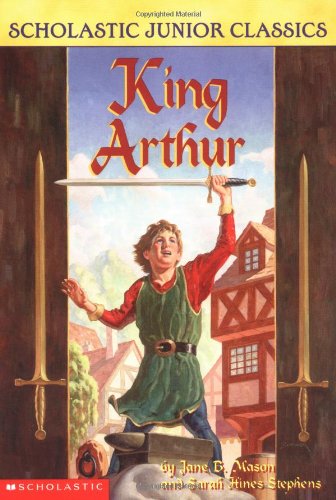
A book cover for King Arthur (Scholastic Junior Classics); Jane B. Mason; Children's Books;